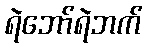
ရဲဘော်ရဲဘက်